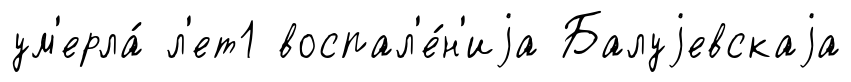
ум'ерла́ л'ет1 воспал'е́н'иjа Балуjевскаjа